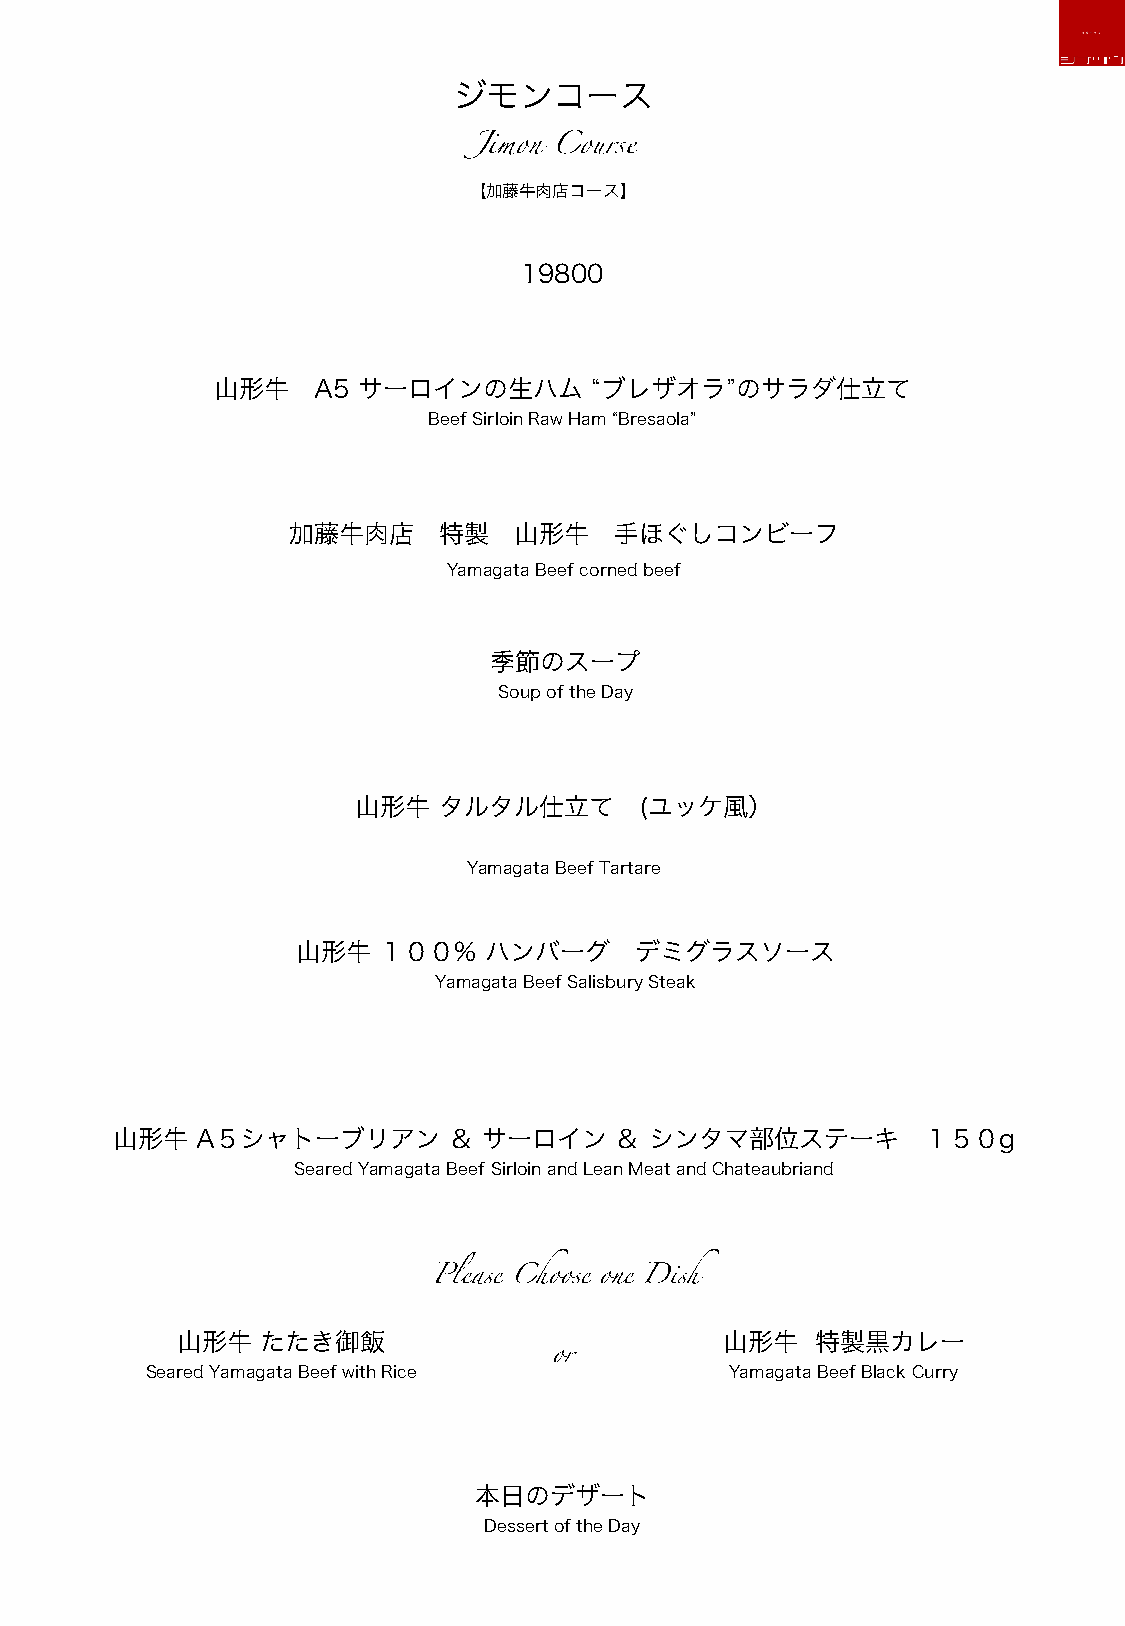
ジモンコース
 Jimon Course
 【加藤牛肉店コース】
 19800
 山形牛    A5 サーロインの生ハム      “ブレザオラ”のサラダ仕立て
 Beef Sirloin Raw Ham“Bresaola”
 加藤牛肉店     特製   山形牛    手ほぐしコンビーフ
 Yamagata Beef corned beef
 季節のスープ
 Soup of the Day
 山形牛  タルタル仕立て      (ユッケ風）
 Yamagata Beef Tartare
 山形牛  １００%   ハンバーグ     デミグラスソース
 Yamagata Beef Salisbury Steak
 山形牛   A５シャトーブリアン       ＆ サーロイン    ＆ シンタマ部位ステーキ        １５０g
 Seared Yamagata Beef Sirloin and Lean Meat and Chateaubriand
 Please Choose one Dish
 山形牛  たたき御飯                          山形牛   特製黒カレー
 Seared Yamagata Beefwith Rice or      Yamagata Beef Black Curry
 本日のデザート
 Dessert of the Day